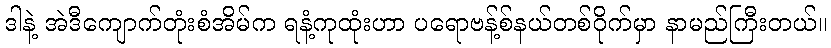
ဒါနဲ့ အဲဒီကျောက်တုံးစံအိမ်က ရနံ့ကုထုံးဟာ ပရောဗန့်စ်နယ်တစ်ဝိုက်မှာ နာမည်ကြီးတယ်။